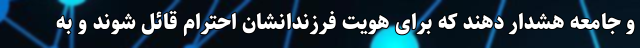
و جامعه هشدار دهند که برای هویت فرزندانشان احترام قائل شوند و به